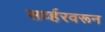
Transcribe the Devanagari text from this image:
सर्व्हरवरून